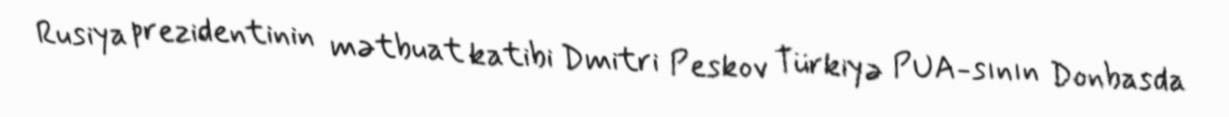
Rusiya prezidentinin mətbuat katibi Dmitri Peskov Türkiyə PUA-sının Donbasda